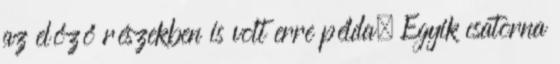
az előző részekben is volt erre példa. Egyik csatorna